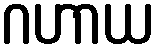
ဂဟာယ